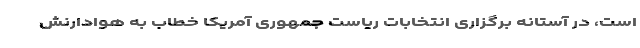
است، در آستانه برگزاری انتخابات ریاست جمهوری آمریکا خطاب به هوادارنش